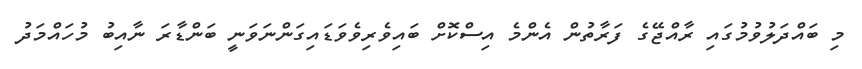
މި ބައްދަލުވުމުގައި ރާއްޖޭގެ ފަރާތުން އެންމެ އިސްކޮށް ބައިވެރިވެވަޑައިގަންނަވަނީ ބަންޑާރަ ނާއިބު މުހައްމަދު